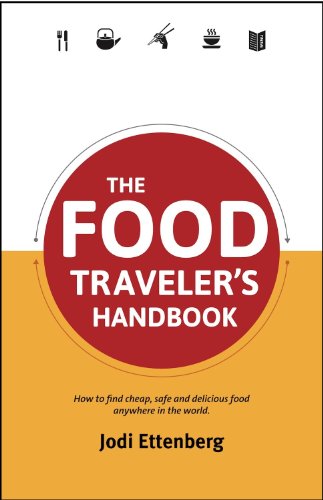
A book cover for The Food Traveler's Handbook (Traveler's Handbooks); Jodi Ettenberg; Travel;